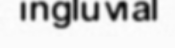
ingluvial